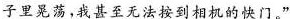
子里晃荡，我甚至无法按到相机的快门。”